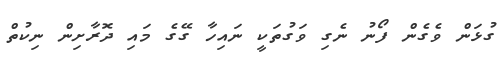
ގުޅަން ވެގެން ފޯނު ނެގި ވަގުތަކީ ނައިހާ ގޭގެ މައި ދޮރާށިން ނިކުތް